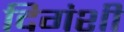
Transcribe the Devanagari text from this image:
दिगंशी